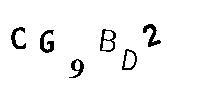
CG9BD2